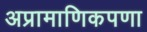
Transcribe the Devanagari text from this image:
अप्रामाणिकपणा